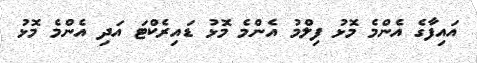
އައިފާގެ އެންމެ މޮޅު ފިލްމު އެންމެ މޮޅު ޑައިރެކްޓަ އަދި އެންމެ މޮޅު